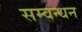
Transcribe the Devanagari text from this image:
सम्वन्धन